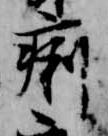
痢